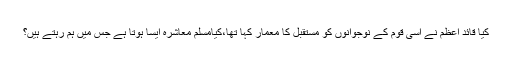
کیا قائد اعظم نے اسی قوم کے نوجوانوں کو مستقبل کا معمار کہا تھا،کیامسلم معاشرہ ایسا ہوتا ہے جس میں ہم رہتے ہیں؟